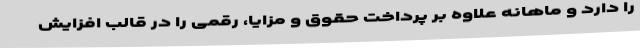
را دارد و ماهانه علاوه بر پرداخت حقوق و مزایا، رقمی را در قالب افزایش